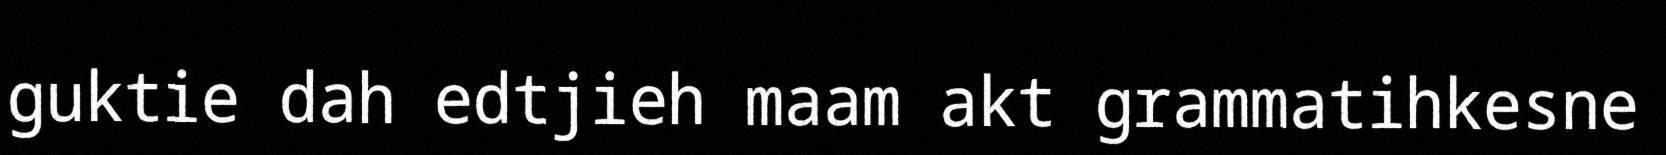
guktie dah edtjieh maam akt grammatihkesne